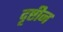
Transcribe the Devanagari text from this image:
दृष्टीन